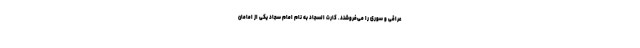
عراقی و سوری را می‌فروشند. کارت السجاد به نام امام سجاد یکی از امامان